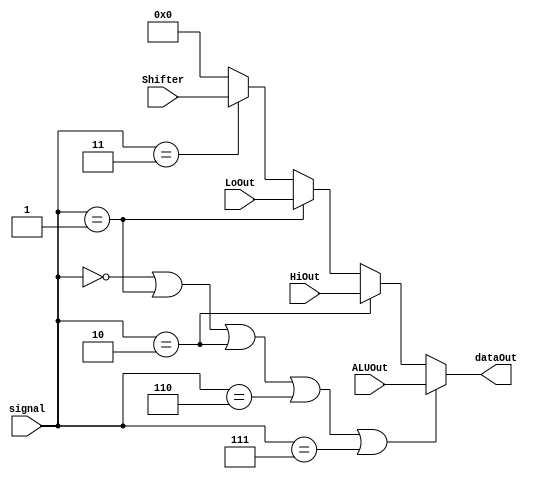
module Mux( ALUOut, HiOut, LoOut, Shifter, signal, dataOut );
			
  input[31:0] ALUOut; //ALU
  input [31:0] HiOut ;
  input [31:0] LoOut ;
  input [31:0] Shifter ;
  input [2:0] signal ;
  output [31:0] dataOut ;

  wire [31:0] temp ;

    parameter ADD = 3'b010;
    parameter SUB = 3'b110;
    parameter AND = 3'b000;
    parameter OR  = 3'b001;
    parameter SLT = 3'b111;
	
	parameter SRL = 3'b011;
	
	// symbolic constants for ALU Out MUX Selection
	parameter MFHI = 2'b10;
	parameter MFLO = 2'b01;

  assign temp = ( ( signal == AND ) || ( signal == OR ) || ( signal == ADD ) || ( signal == SUB ) || ( signal == SLT ) ) ? ALUOut :        		  
                ( signal == MFHI ) ? HiOut :
                ( signal == MFLO ) ? LoOut :
			    ( signal == SRL )  ? Shifter :
                32'b0 ;     
			  
  assign dataOut = temp;		  
			  
			  
endmodule